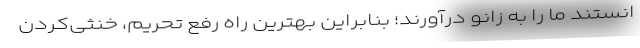
انستند ما را به زانو درآورند؛ بنابراین بهترین راه رفع تحریم، خنثی‌کردن